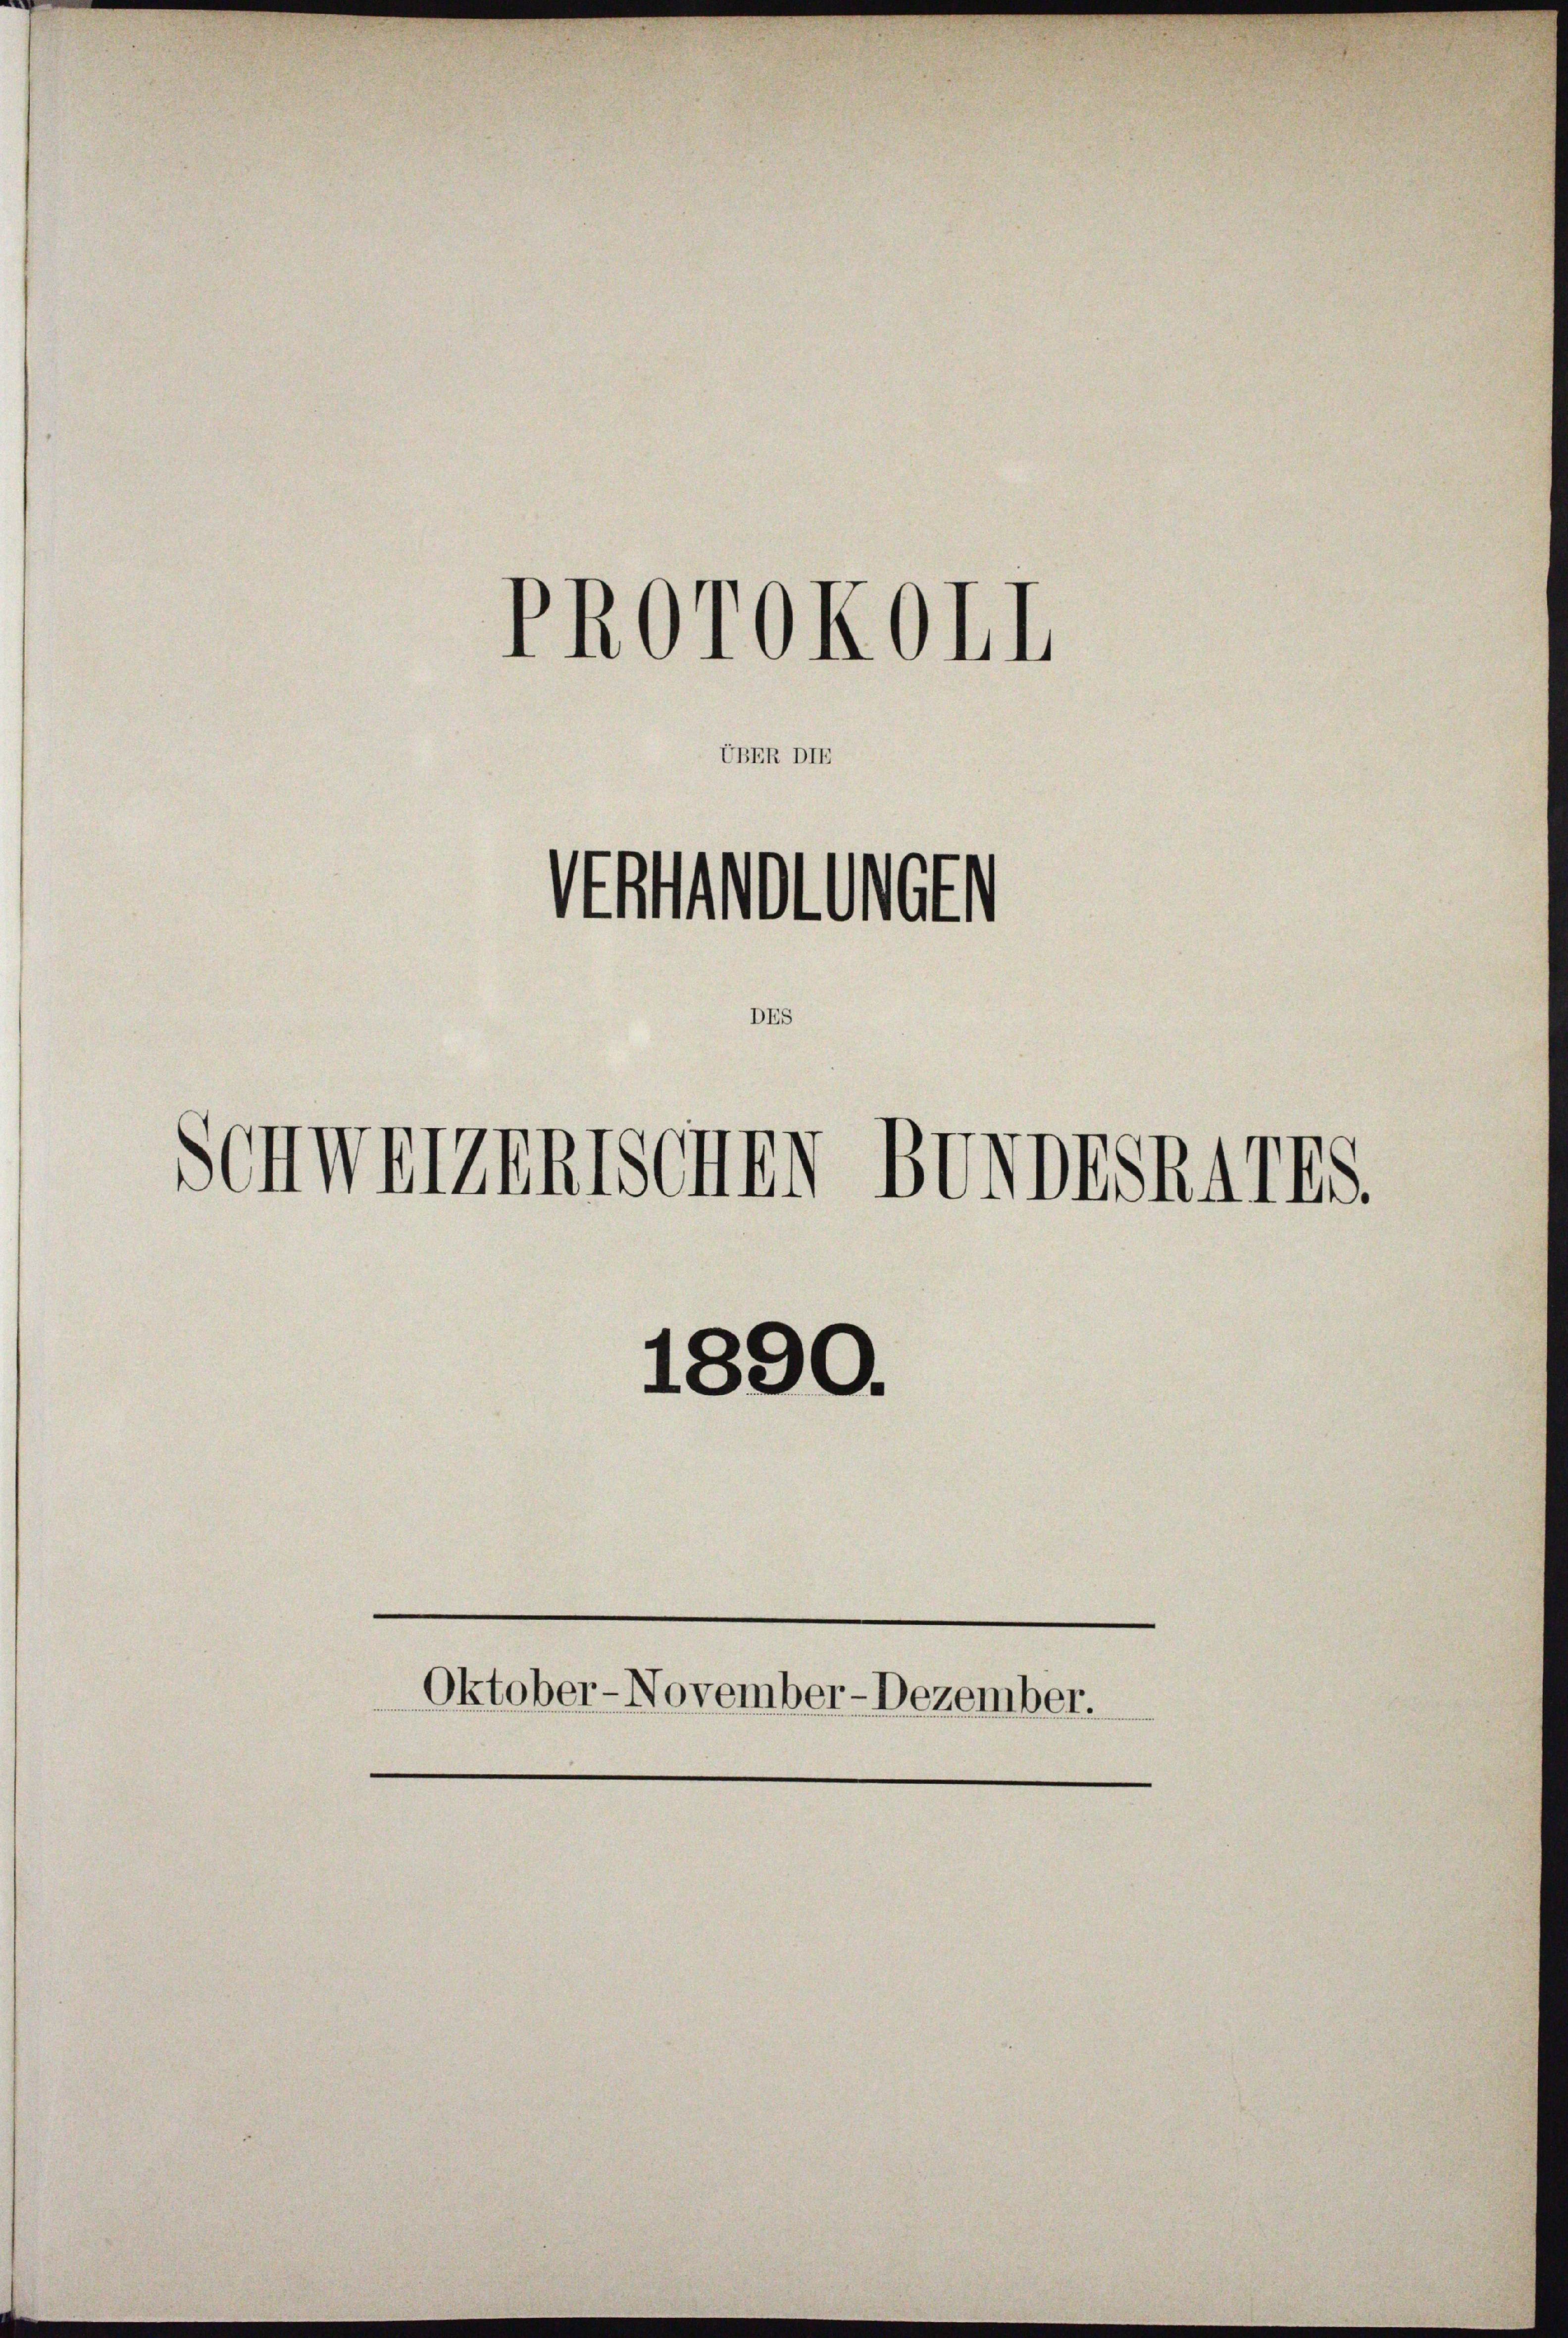
¬
ht
otét
.
¬
DES
Schwerzentschen BergsRAIIS.
1890.
Oktober-November-Dezember.

UBER DIE

PROrOKOLI